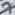
Text: 7